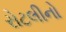
રોટલીનો